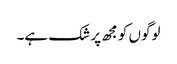
لوگوں کو مجھ پر شک ہے۔